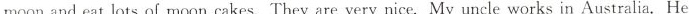
moon and eat lots of moon cakes.They are very nice.My uncle works in Australia. He